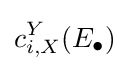
c_{i,X}^{Y}(E_{\bullet })